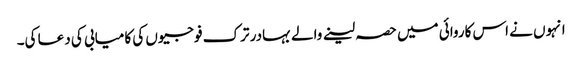
انہوں نے اس کاروائی میں حصہ لینے والے بہادر ترک فوجیوں کی کامیابی کی دعا کی۔